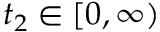
t _ { 2 } \in [ 0 , \infty )